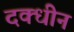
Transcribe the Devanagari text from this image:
दक्धीन